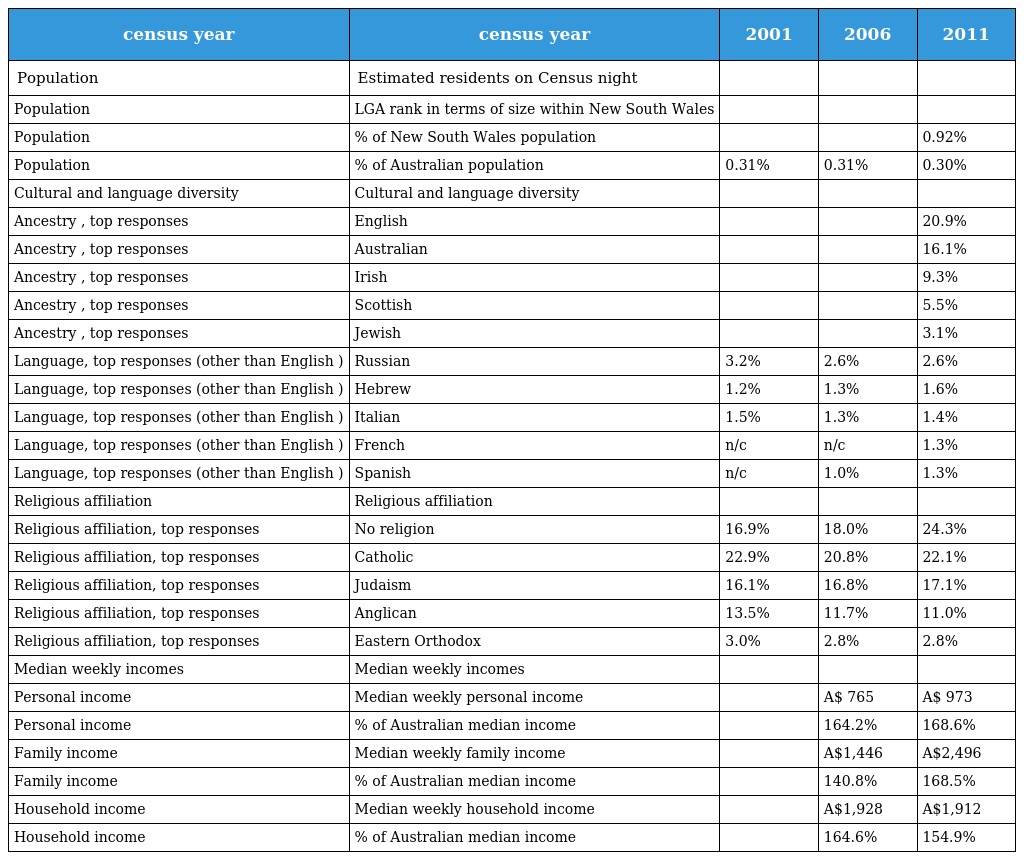
| census year | census year | 2001 | 2006 | 2011 |
 | --- | --- | --- | --- | --- |
 | Population | Estimated residents on Census night |  |  |  |
 | Population | LGA rank in terms of size within New South Wales |  |  |  |
 | Population | % of New South Wales population |  |  | 0.92% |
 | Population | % of Australian population | 0.31% | 0.31% | 0.30% |
 | Cultural and language diversity | Cultural and language diversity |  |  |  |
 | Ancestry , top responses | English |  |  | 20.9% |
 | Ancestry , top responses | Australian |  |  | 16.1% |
 | Ancestry , top responses | Irish |  |  | 9.3% |
 | Ancestry , top responses | Scottish |  |  | 5.5% |
 | Ancestry , top responses | Jewish |  |  | 3.1% |
 | Language, top responses (other than English ) | Russian | 3.2% | 2.6% | 2.6% |
 | Language, top responses (other than English ) | Hebrew | 1.2% | 1.3% | 1.6% |
 | Language, top responses (other than English ) | Italian | 1.5% | 1.3% | 1.4% |
 | Language, top responses (other than English ) | French | n/c | n/c | 1.3% |
 | Language, top responses (other than English ) | Spanish | n/c | 1.0% | 1.3% |
 | Religious affiliation | Religious affiliation |  |  |  |
 | Religious affiliation, top responses | No religion | 16.9% | 18.0% | 24.3% |
 | Religious affiliation, top responses | Catholic | 22.9% | 20.8% | 22.1% |
 | Religious affiliation, top responses | Judaism | 16.1% | 16.8% | 17.1% |
 | Religious affiliation, top responses | Anglican | 13.5% | 11.7% | 11.0% |
 | Religious affiliation, top responses | Eastern Orthodox | 3.0% | 2.8% | 2.8% |
 | Median weekly incomes | Median weekly incomes |  |  |  |
 | Personal income | Median weekly personal income |  | A$ 765 | A$ 973 |
 | Personal income | % of Australian median income |  | 164.2% | 168.6% |
 | Family income | Median weekly family income |  | A$1,446 | A$2,496 |
 | Family income | % of Australian median income |  | 140.8% | 168.5% |
 | Household income | Median weekly household income |  | A$1,928 | A$1,912 |
 | Household income | % of Australian median income |  | 164.6% | 154.9% |